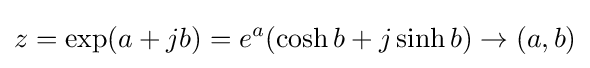
z=\exp(a+jb)=e^{a}(\cosh b+j\sinh b)\to (a,b)